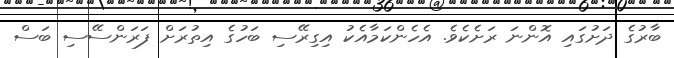
ބާރުގެ ދަށުގައި އޮންނަ ރަށެކެވެ. އެހެންކަމާއެކު އިގިރޭސި ބަހުގެ އިތުރަށް ފަރަންސޭސި ބަސް